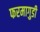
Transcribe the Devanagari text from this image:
फरमागुडी